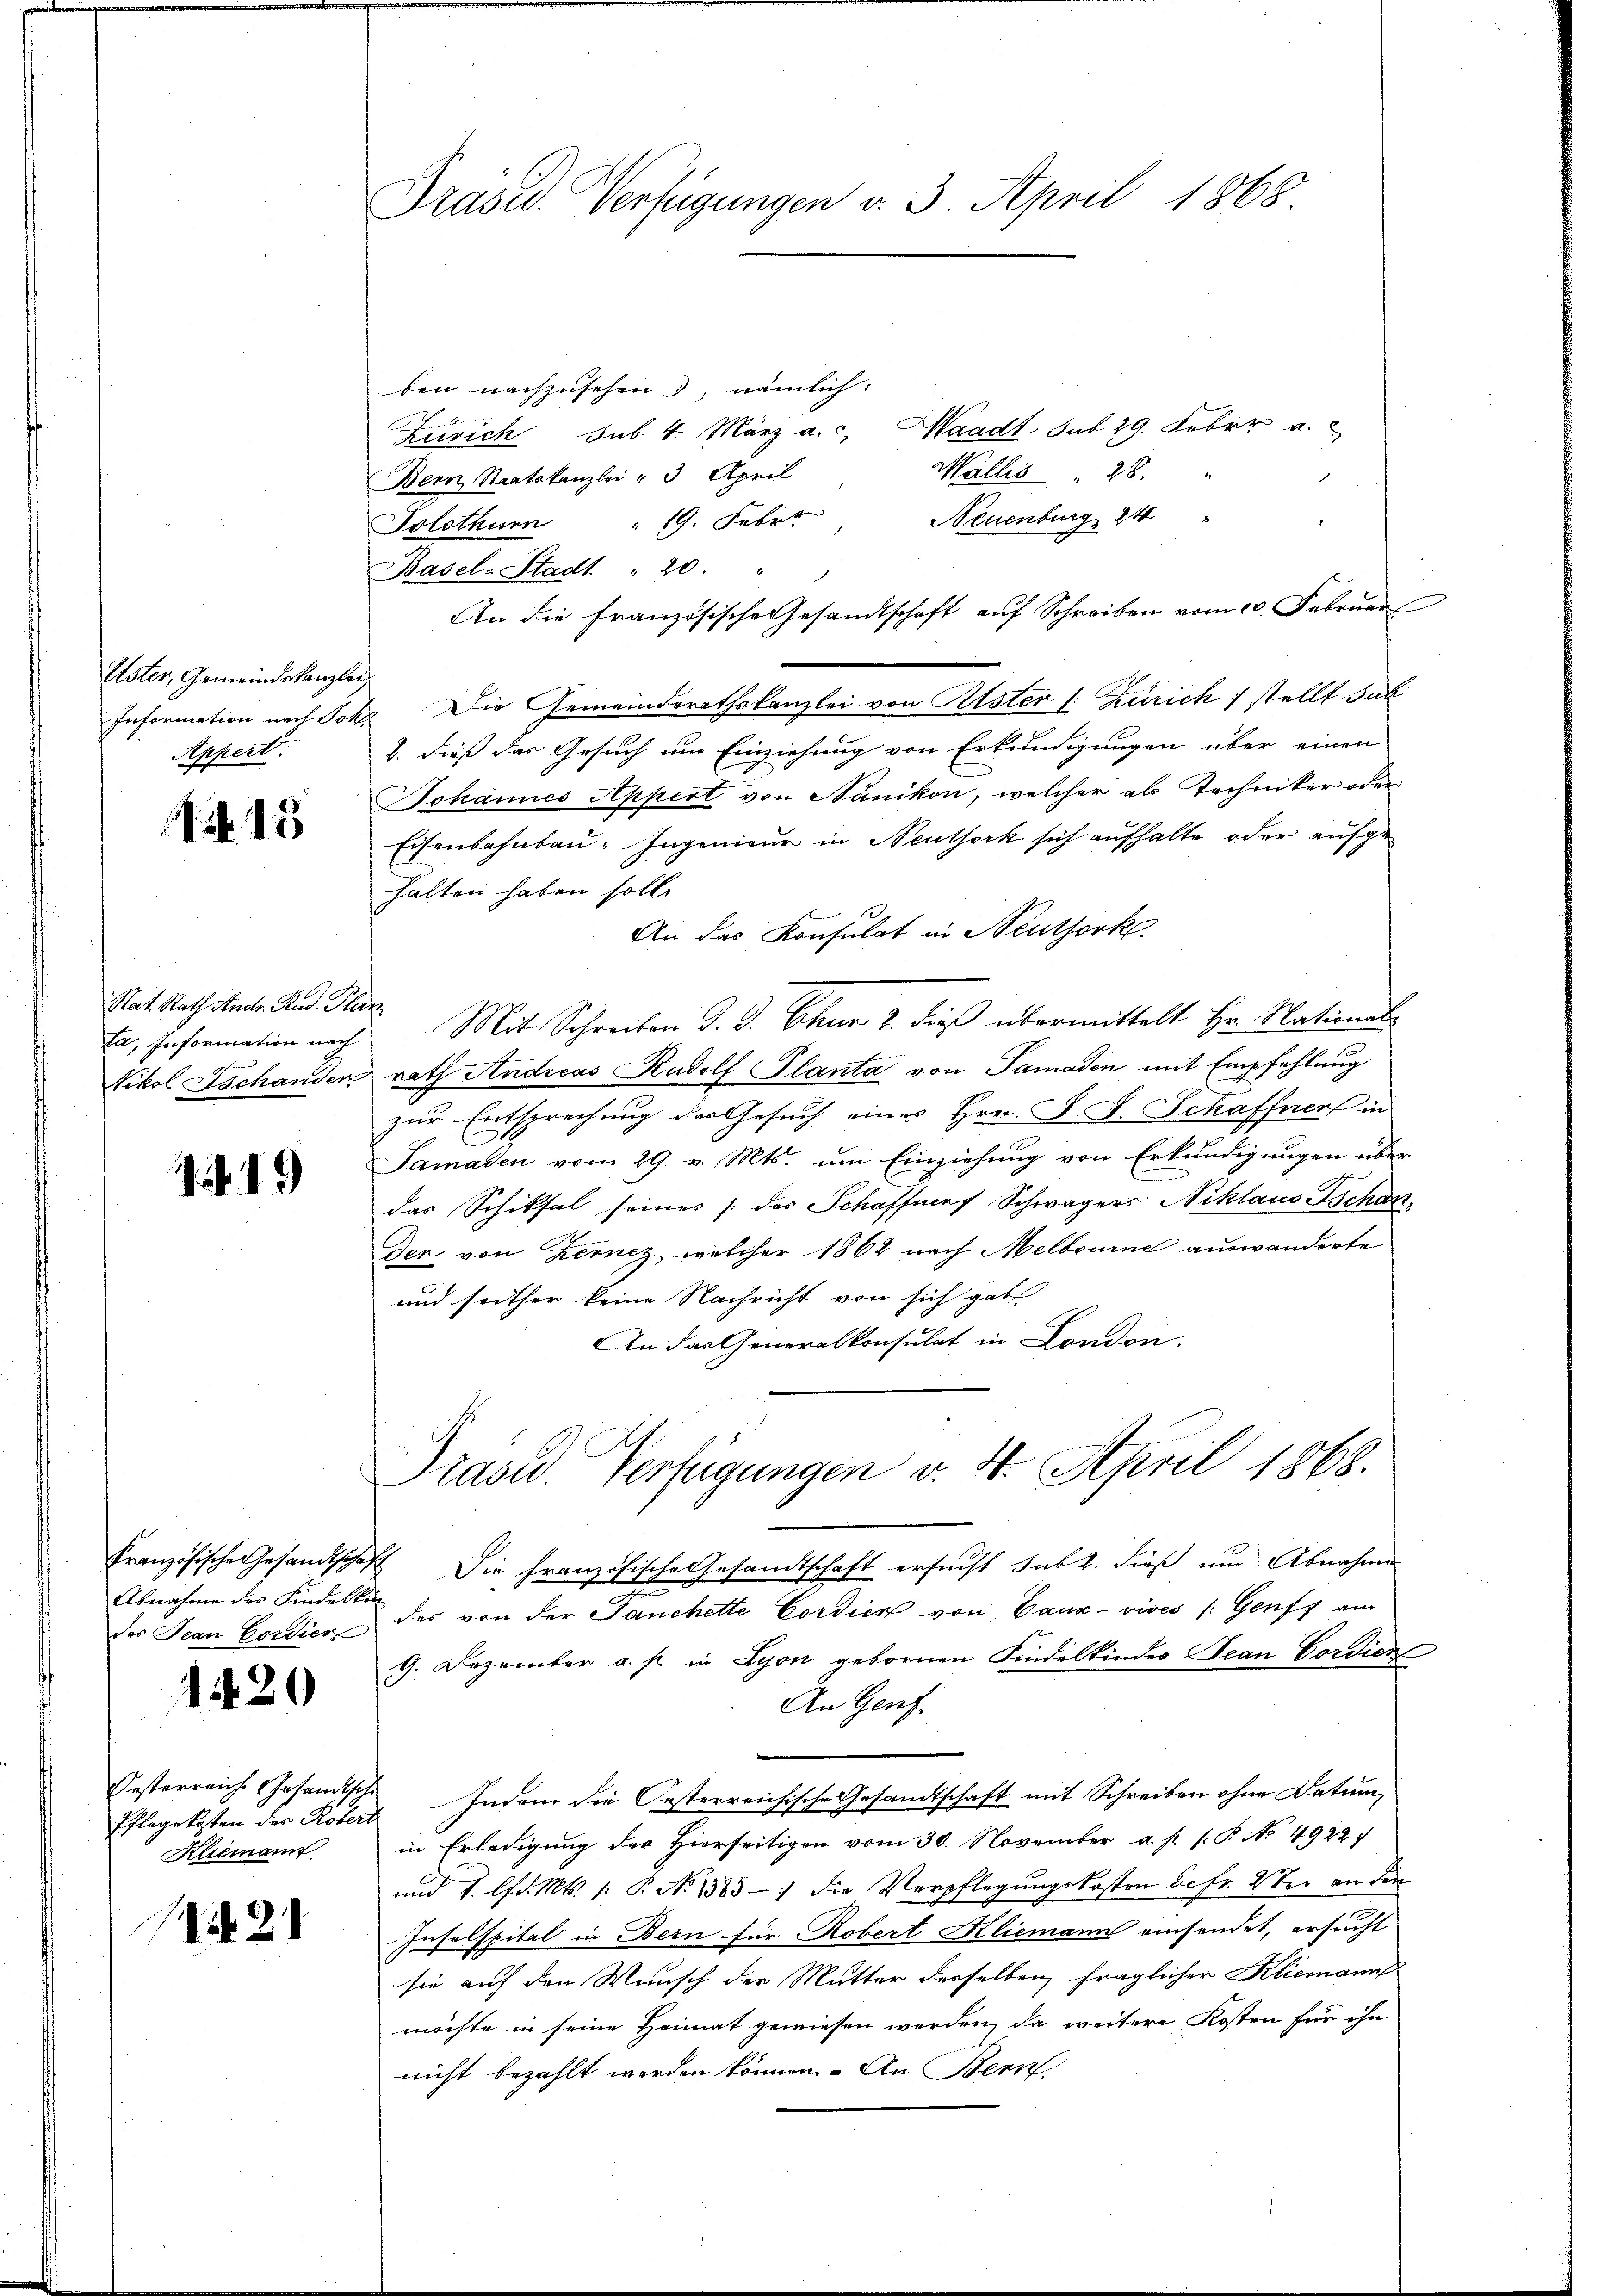
Uster, Gemeindskanzlei
Information nach Joh
Appert.

.Nr. 15

Rat Rath Andr. Rud. Pla
fa, Information nach
Tikol Tschander

11.)

Abnahme des Findelkur
des Jean Cordier

1420

Oesterreiche Gesandtschi
Pflegekosten des Roberi
Klemann

21

Präsid. Verfügungen v. 3. April 1868.

ben nachzusehen 3, nämlich:
Zürich sub. 4. März a. c. Waadt Tut 29. Feber a.
Wallis    28.
Bern Staatskanzlei - 3 April
Neuenburg, 24 "
19. Febrt
Solothurn
Basel-Stadt 20.
An die französische Gesandtschaft aŭf Schreiben vom 20. Februar
Die Gemeinderathskanzlei von Pister (: Zürich 7 stellt sub
B. dieß das Gesuch um Einziehung von Erkundigungen über einen
Johannes Appert von Nänikon, welcher als Techniker oder
Eisenbahnbau. Ingenieur in Neuthork sich aufhalte oder aufgehalten haben soll.
An das Konsulat in Neuthork
 Mit Schreiben J. J. Chur 2. dieß übermittelt Hr. National
rath Andreas Rudolf Planta von Samaden mit Empfehlung
zŭr Entsprechung der Gesŭch eines Hrn. F. L. Schaffner in
Samaden vom 29. v. Mts. um Einziehung von Erkundigungen über
das Schiksal seines [des Schaffnes Schwägers Niklaus Tschan
den von Zernez welcher 1862 nach Melbourne auswanderte
und seither keine Nachricht von sich gut
An das Generalkonsulat in London.
Prased. Verfügungen v. 4. April 1868.
Französische Gesandtschaft Die französische Gesandtschaft ersucht sub 2. dieß um Abnahmen
des von der Panchette Cordien von Ganz - vives (Genf am
9. Dezember a. f. in Lyon gebornen Findelkindes Jean Cordien
An Genf.
Indem die Oesterreichische Gesandtschaft mit Schreiben ohne Datum,
in Erledigung der Hierseitigen vom 30. November a. p. P.P. No 4922)
und 1. lfd. Mts. 1. P. No 1385 - : die Verpflegungskosten defr. 2ter an den
Inselspital in Bern für Robert Kliemann einsendet, ersucht
sie auf den Wunsch der Mutter desselben fraglicher Kliemann
möchte in seine Heimat gewiesen werden, da weitere Kosten für ihn
nicht bezahlt werden können. An Bern.